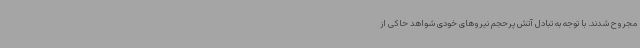
مجروح شدند. با توجه به تبادل آتش پرحجم نیروهای خودی شواهد حاکی از